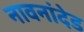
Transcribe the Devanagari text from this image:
नावनांदेड